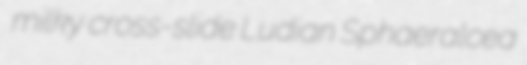
milky cross-slide Ludian Sphaeralcea